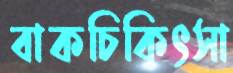
বাকচিকিৎসা